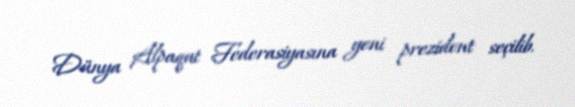
Dünya Alpaqut Federasiyasına yeni prezident seçilib.